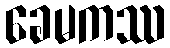
ခေမကဿ